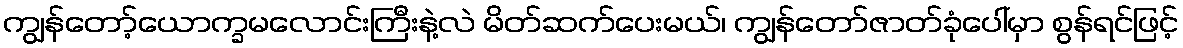
ကျွန်တော့်ယောက္ခမလောင်းကြီးနဲ့လဲ မိတ်ဆက်ပေးမယ်၊ ကျွန်တော်ဇာတ်ခုံပေါ်မှာ စွန်ရင်ဖြင့်